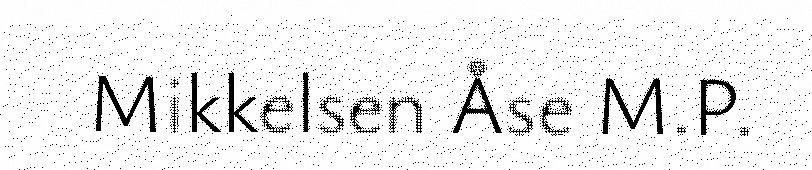
Mikkelsen Åse M.P.